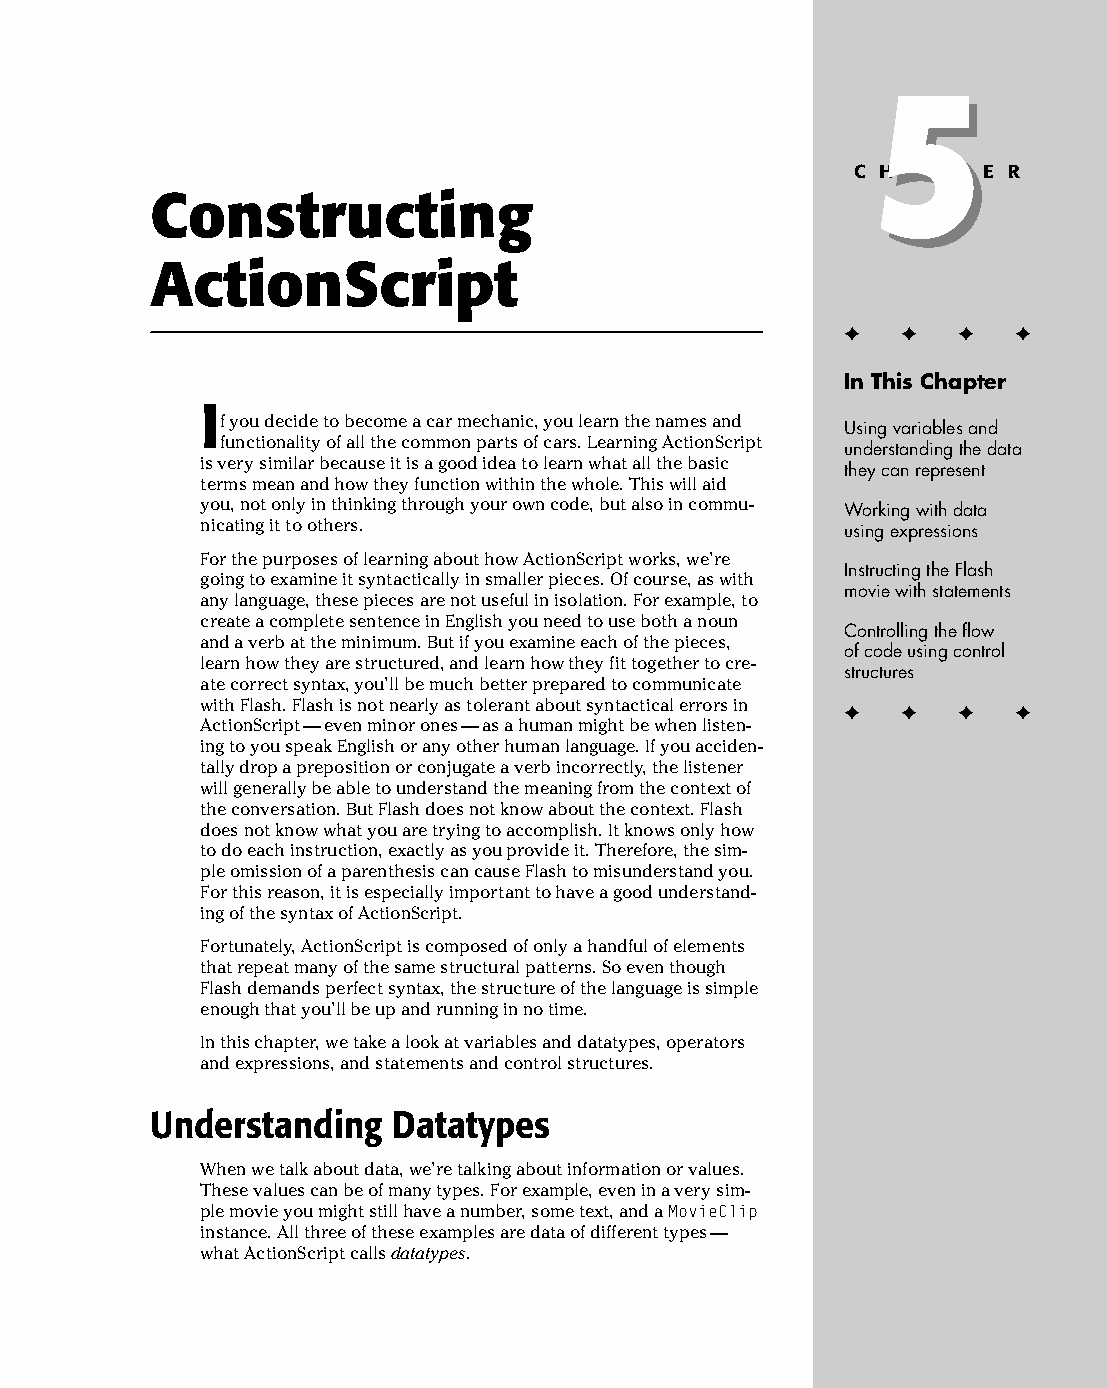
08 543547 ch05.qxd 3/24/04 3:50 PM Page 91
 5
 5
 C H A P T E R
 Constructing
 ActionScript
 ✦  ✦ ✦  ✦
 In This Chapter
 I
 f you decide to become a car mechanic, you learn the names and
 Using variables and
 functionality of all the common parts of cars. Learning ActionScript
 understanding the data
 is very similar because it is a good idea to learn what all the basic
 they can represent
 terms mean and how they function within the whole. This will aid
 you, not only in thinking through your own code, but also in commu­ Working with data
 nicating it to others.                     using expressions
 For the purposes of learning about how ActionScript works, we’re
 Instructing the Flash
 going to examine it syntactically in smaller pieces. Of course, as with
 movie with statements
 any language, these pieces are not useful in isolation. For example, to
 create a complete sentence in English you need to use both a noun
 Controlling the flow
 and a verb at the minimum. But if you examine each of the pieces,
 of code using control
 learn how they are structured, and learn how they fit together to cre­
 structures
 ate correct syntax, you’ll be much better prepared to communicate
 with Flash. Flash is not nearly as tolerant about syntactical errors in ✦ ✦ ✦ ✦
 ActionScript — even minor ones — as a human might be when listen­
 ing to you speak English or any other human language. If you acciden­
 tally drop a preposition or conjugate a verb incorrectly, the listener
 will generally be able to understand the meaning from the context of
 the conversation. But Flash does not know about the context. Flash
 does not know what you are trying to accomplish. It knows only how
 to do each instruction, exactly as you provide it. Therefore, the sim­
 ple omission of a parenthesis can cause Flash to misunderstand you.
 For this reason, it is especially important to have a good understand­
 ing of the syntax of ActionScript.
 Fortunately, ActionScript is composed of only a handful of elements
 that repeat many of the same structural patterns. So even though
 Flash demands perfect syntax, the structure of the language is simple
 enough that you’ll be up and running in no time.
 In this chapter, we take a look at variables and datatypes, operators
 and expressions, and statements and control structures.
 Understanding   Datatypes
 When we talk about data, we’re talking about information or values.
 These values can be of many types. For example, even in a very sim­
 ple movie you might still have a number, some text, and a MovieClip
 instance. All three of these examples are data of different types —
 what ActionScript calls datatypes.